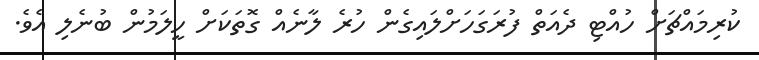
ކުރިމައްޗަށް ހުއްޓި ދެއަތް ފުރަގަހަށްލައިގެން ހުރެ ލާނެއް ގޮތަކަށް ހީލަމުން ބުނެލި އެވެ.